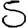
Digit: 5